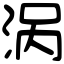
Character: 涡